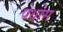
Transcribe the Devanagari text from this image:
पेथोस